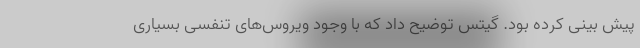
پیش بینی کرده بود. گیتس توضیح داد که با وجود ویروس‌های تنفسی بسیاری